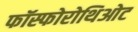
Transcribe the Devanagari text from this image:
फॉस्फोरोथिओट